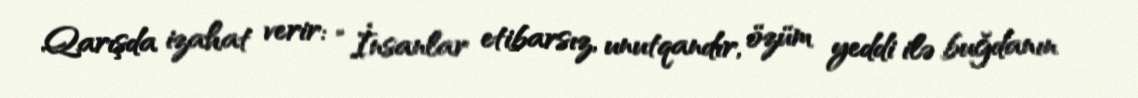
Qarışda izahat verir: “İnsanlar etibarsız, unutqandır, özüm yeddi ilə buğdanın